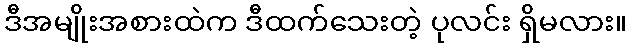
ဒီအမျိုးအစားထဲက ဒီထက်သေးတဲ့ ပုလင်း ရှိမလား။